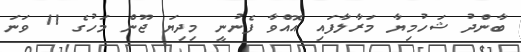
ބާންދު ޝަހުމިޔާ މަރާލާފައި އޮއްވާ ފެނުނީ މިދިޔަ ޖޫން މަހުގެ 11 ވަނަ